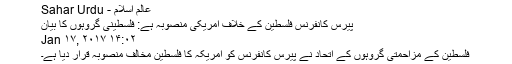
عالم اسلام - Sahar Urdu
پیرس کانفرنس فلسطین کے خلاف امریکی منصوبہ ہے: فلسطینی گروہوں کا بیان
Jan ۱۷, ۲۰۱۷ ۱۴:۰۲
فلسطین کے مزاحمتی گروہوں کے اتحاد نے پیرس کانفرنس کو امریکہ کا فلسطین مخالف منصوبہ قرار دیا ہے۔